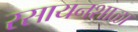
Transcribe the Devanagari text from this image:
रसायनशाळा